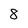
Character: 8